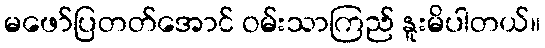
မဖော်ပြတတ်အောင် ဝမ်းသာကြည် နူးမိပါတယ်။